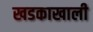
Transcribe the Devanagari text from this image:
खडकाखाली